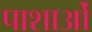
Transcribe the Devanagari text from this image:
पाशाओं